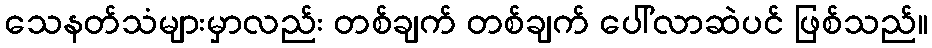
သေနတ်သံများမှာလည်း တစ်ချက် တစ်ချက် ပေါ်လာဆဲပင် ဖြစ်သည်။